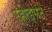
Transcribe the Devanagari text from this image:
र्‍होड्सने